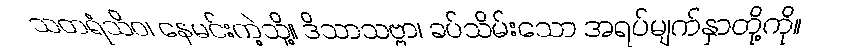
သတရံသိဝ၊ နေမင်းကဲ့သို့။ ဒိသာသဗ္ဗာ၊ ခပ်သိမ်းသော အရပ်မျက်နှာတို့ကို။